Indian journal of veterinary science and animal husbandry - Volume 3,
Year: 1933
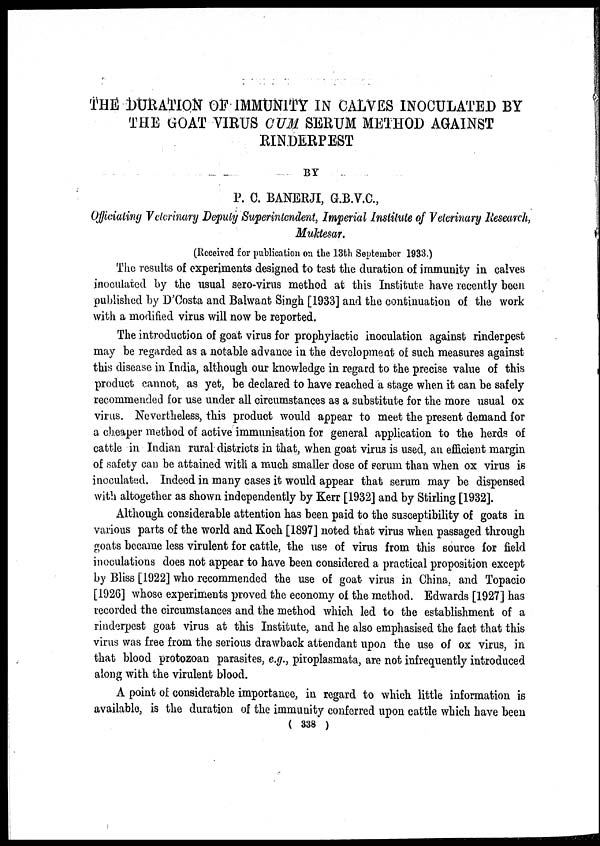
THE DURATION OF IMMUNITY IN CALVES INOCULATED BY
THE GOAT VIRUS CUM SERUM METHOD AGAINST
RINDERPEST
BY
P. C. BANERJI, G.B.V.C.,
Officiating Veterinary Deputy Superintendent, Imperial Institute of Veterinary Research,
Muktesar.
(Received for publication on the 13th September 1933.)
The results of experiments designed to test the duration of immunity in calves
inoculated by the usual sero-virus method at this Institute have recently been
published by D'Costa and Balwant Singh [1933] and the continuation of the work
with a modified virus will now be reported.
The introduction of goat virus for prophylactic inoculation against rinderpest
may be regarded as a notable advance in the development of such measures against
this disease in India, although our knowledge in regard to the precise value of this
product cannot, as yet, be declared to have reached a stage when it can be safely
recommended for use under all circumstances as a substitute for the more usual ox
virus. Nevertheless, this product would appear to meet the present demand for
a cheaper method of active immunisation for general application to the herds of
cattle in Indian rural districts in that, when goat virus is used, an efficient margin
of safety can be attained with a much smaller dose of serum than when ox virus is
inoculated. Indeed in many cases it would appear that serum may be dispensed
with altogether as shown independently by Kerr [1932] and by Stirling [1932].
Although considerable attention has been paid to the susceptibility of goats in
various parts of the world and Koch [1897] noted that virus when passaged through
goats became less virulent for cattle, the use of virus from this source for field
inoculations does not appear to have been considered a practical proposition except
by Bliss [1922] who recommended the use of goat virus in China, and Topacio
[1926] whose experiments proved the economy of the method. Edwards [1927] has
recorded the circumstances and the method which led to the establishment of a
rinderpest goat virus at this Institute, and he also emphasised the fact that this
virus was free from the serious drawback attendant upon the use of ox virus, in
that blood protozoan parasites, e.g., piroplasmata, are not infrequently introduced
along with the virulent blood.
A point of considerable importance, in regard to which little information is
available, is the duration of the immunity conferred upon cattle which have been
( 338 )